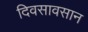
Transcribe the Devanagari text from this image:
दिवसावसान